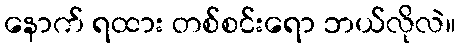
နောက် ရထား တစ်စင်းရော ဘယ်လိုလဲ။